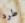
طرد